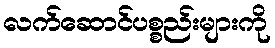
လက်ဆောင်ပစ္စည်းများကို